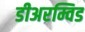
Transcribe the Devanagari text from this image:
डीअरम्विड